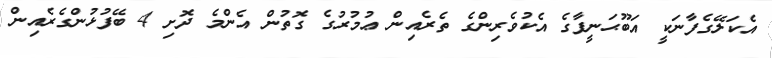
އެކަލޭގެފާނަކީ އަބޫޙަނީފާގެ އެކުވެރިންގެ ތެރެއިން ޢުމުރުގެ ގޮތުން އެންމެ ދޮށި 4 ބޭފުޅުންގެރެއިން